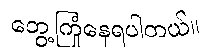
တွေ့ကြုံနေရပါတယ်။